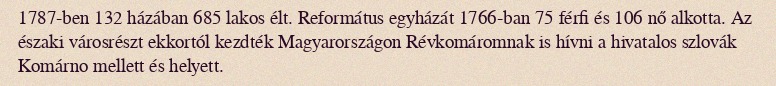
1787-ben 132 házában 685 lakos élt. Református egyházát 1766-ban 75 férfi és 106 nő alkotta. Az északi városrészt ekkortól kezdték Magyarországon Révkomáromnak is hívni a hivatalos szlovák Komárno mellett és helyett.